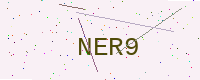
Text: NER9